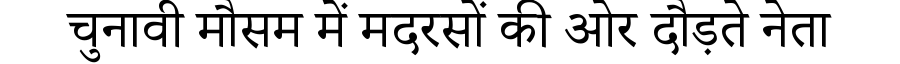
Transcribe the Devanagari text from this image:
चुनावी मौसम में मदरसों की ओर दौड़ते नेता